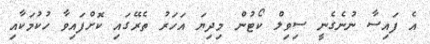
އެ ފައިސާ ނުނެގެނީ ސިވިލް ކޯޓުން މިދިޔަ އަހަރު ތެރޭގައި ކޮށްފައިވާ ހުކުމަކާއި